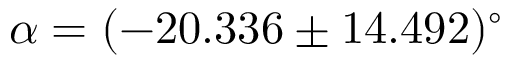
\alpha = ( - 2 0 . 3 3 6 \pm 1 4 . 4 9 2 ) ^ { \circ }